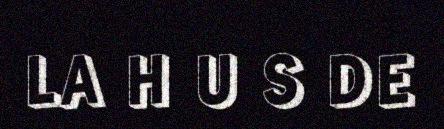
LA H U S DE